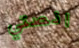
انصتي